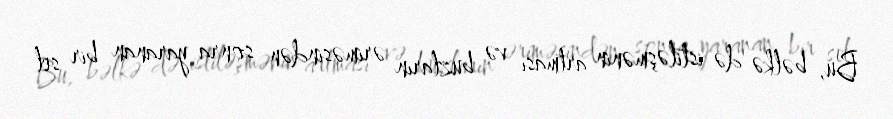
Bu, bəlkə də istiləşmənin artması və buzların əriməsindən sonra yaranan bir sel